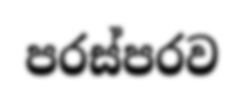
පරස්පරව